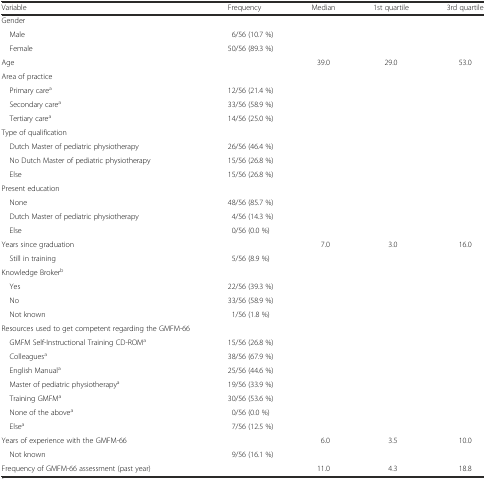
<table><thead><tr><td><b>Variable</b></td><td><b>Frequency</b></td><td><b>Median</b></td><td><b>1st quartile</b></td><td><b>3rd quartile</b></td></tr></thead><tbody><tr><td>Gender</td><td></td><td></td><td></td><td></td></tr><tr><td> Male</td><td>6/56 (10.7 %)</td><td></td><td></td><td></td></tr><tr><td> Female</td><td>50/56 (89.3 %)</td><td></td><td></td><td></td></tr><tr><td>Age</td><td></td><td>39.0</td><td>29.0</td><td>53.0</td></tr><tr><td>Area of practice</td><td></td><td></td><td></td><td></td></tr><tr><td> Primary care<sup>a</sup></td><td>12/56 (21.4 %)</td><td></td><td></td><td></td></tr><tr><td> Secondary care<sup>a</sup></td><td>33/56 (58.9 %)</td><td></td><td></td><td></td></tr><tr><td> Tertiary care<sup>a</sup></td><td>14/56 (25.0 %)</td><td></td><td></td><td></td></tr><tr><td>Type of qualification</td><td></td><td></td><td></td><td></td></tr><tr><td> Dutch Master of pediatric physiotherapy</td><td>26/56 (46.4 %)</td><td></td><td></td><td></td></tr><tr><td> No Dutch Master of pediatric physiotherapy</td><td>15/56 (26.8 %)</td><td></td><td></td><td></td></tr><tr><td> Else</td><td>15/56 (26.8 %)</td><td></td><td></td><td></td></tr><tr><td>Present education</td><td></td><td></td><td></td><td></td></tr><tr><td> None</td><td>48/56 (85.7 %)</td><td></td><td></td><td></td></tr><tr><td> Dutch Master of pediatric physiotherapy</td><td>4/56 (14.3 %)</td><td></td><td></td><td></td></tr><tr><td> Else</td><td>0/56 (0.0 %)</td><td></td><td></td><td></td></tr><tr><td>Years since graduation</td><td></td><td>7.0</td><td>3.0</td><td>16.0</td></tr><tr><td> Still in training</td><td>5/56 (8.9 %)</td><td></td><td></td><td></td></tr><tr><td>Knowledge Broker<sup>b</sup></td><td></td><td></td><td></td><td></td></tr><tr><td> Yes</td><td>22/56 (39.3 %)</td><td></td><td></td><td></td></tr><tr><td> No</td><td>33/56 (58.9 %)</td><td></td><td></td><td></td></tr><tr><td> Not known</td><td>1/56 (1.8 %)</td><td></td><td></td><td></td></tr><tr><td>Resources used to get competent regarding the GMFM-66</td><td></td><td></td><td></td><td></td></tr><tr><td> GMFM Self-Instructional Training CD-ROM<sup>a</sup></td><td>15/56 (26.8 %)</td><td></td><td></td><td></td></tr><tr><td> Colleagues<sup>a</sup></td><td>38/56 (67.9 %)</td><td></td><td></td><td></td></tr><tr><td> English Manual<sup>a</sup></td><td>25/56 (44.6 %)</td><td></td><td></td><td></td></tr><tr><td> Master of pediatric physiotherapy<sup>a</sup></td><td>19/56 (33.9 %)</td><td></td><td></td><td></td></tr><tr><td> Training GMFM<sup>a</sup></td><td>30/56 (53.6 %)</td><td></td><td></td><td></td></tr><tr><td> None of the above<sup>a</sup></td><td>0/56 (0.0 %)</td><td></td><td></td><td></td></tr><tr><td> Else<sup>a</sup></td><td>7/56 (12.5 %)</td><td></td><td></td><td></td></tr><tr><td>Years of experience with the GMFM-66</td><td></td><td>6.0</td><td>3.5</td><td>10.0</td></tr><tr><td> Not known</td><td>9/56 (16.1 %)</td><td></td><td></td><td></td></tr><tr><td>Frequency of GMFM-66 assessment (past year) </td><td></td><td>11.0</td><td>4.3</td><td>18.8</td></tr></tbody></table>